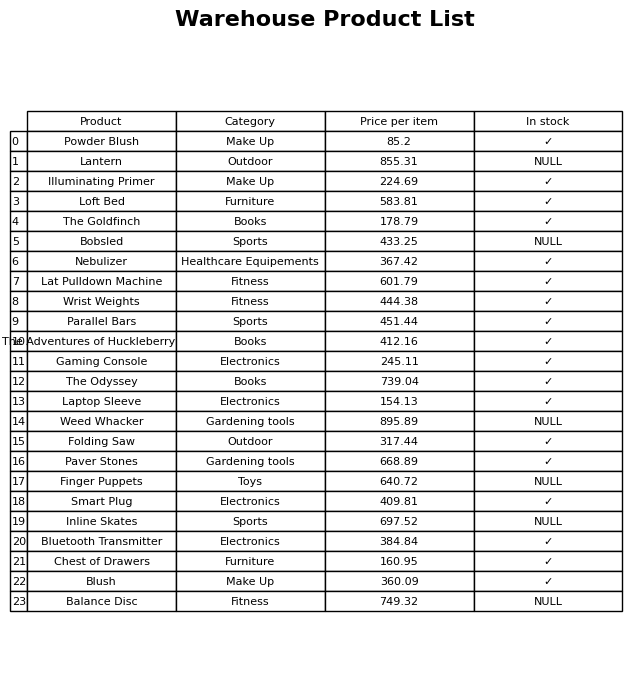
question: What is the price of the Wrist Weights?
answer: The price of Wrist Weights is 444.38.